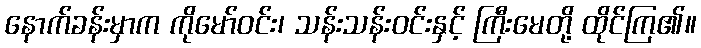
နောက်ခန်းမှာက ကိုမော်ဝင်း၊ သန်းသန်းဝင်းနှင့် ကြီးမေတို့ ထိုင်ကြ၏။